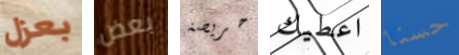
بعزل بعض حريصة اعطيك حسنا